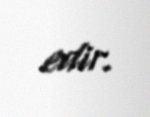
edir.